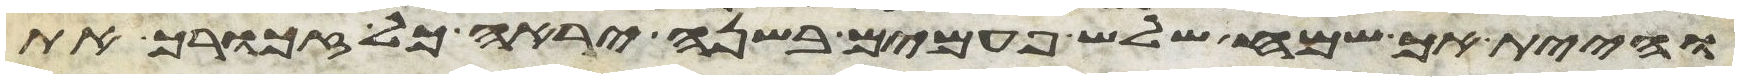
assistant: והיית אך שמח שלש פעמים בשנה יראה כל זכורך את